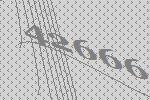
42666